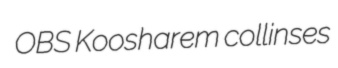
OBS Koosharem collinses